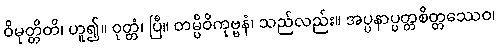
ဝိမုတ္တိတိ၊ ဟူ၍။ ဝုတ္တံ၊ ပြီ။ တမ္ပိဝိကုဗ္ဗနံ၊ သည်လည်း။ အပ္ပနာပ္ပတ္တစိတ္တဿေဝ၊